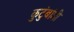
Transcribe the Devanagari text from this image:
कुटुंबांशी